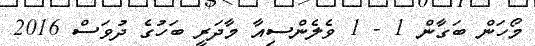
މޯހަން ބަގާން 1 - 1 ވެލެންސިއާ މާދަރީ ބަހުގެ ދުވަސް 2016